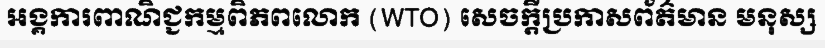
អង្គការពាណិជ្ជកម្មពិភពលោក (WTO) សេចក្តីប្រកាសព័ត៌មាន មនុស្ស